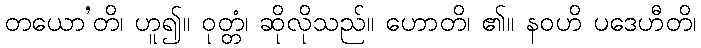
တယော’တိ၊ ဟူ၍။ ဝုတ္တံ၊ ဆိုလိုသည်။ ဟောတိ၊ ၏။ နဝဟိ ပဒေဟီတိ၊